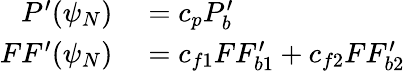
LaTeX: \begin{array}{rl}{P^{\prime}(\psi_{N})}&{{}=c_{p}P_{b}^{\prime}}\\ {FF^{\prime}(\psi_{N})}&{{}=c_{f1}FF_{b1}^{\prime}+c_{f2}FF_{b2}^{\prime}}\end{array}